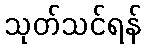
သုတ်သင်ရန်